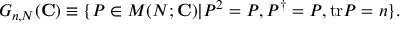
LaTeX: G _ { n , N } ( { \bf C } ) \equiv \{ P \in M ( N ; { \bf C } ) | P ^ { 2 } = P , P ^ { \dag } = P , \mathrm { t r } P = n \} .